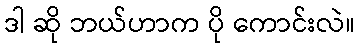
ဒါ ဆို ဘယ်ဟာက ပို ကောင်းလဲ။